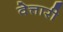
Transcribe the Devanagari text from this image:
वेत्तारी